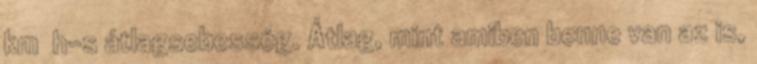
km h-s átlagsebesség. Átlag, mint amiben benne van az is,